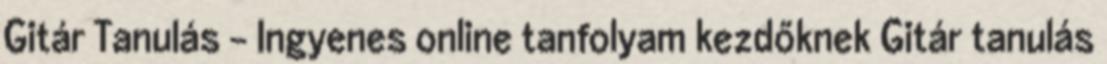
Gitár Tanulás - Ingyenes online tanfolyam kezdőknek Gitár tanulás